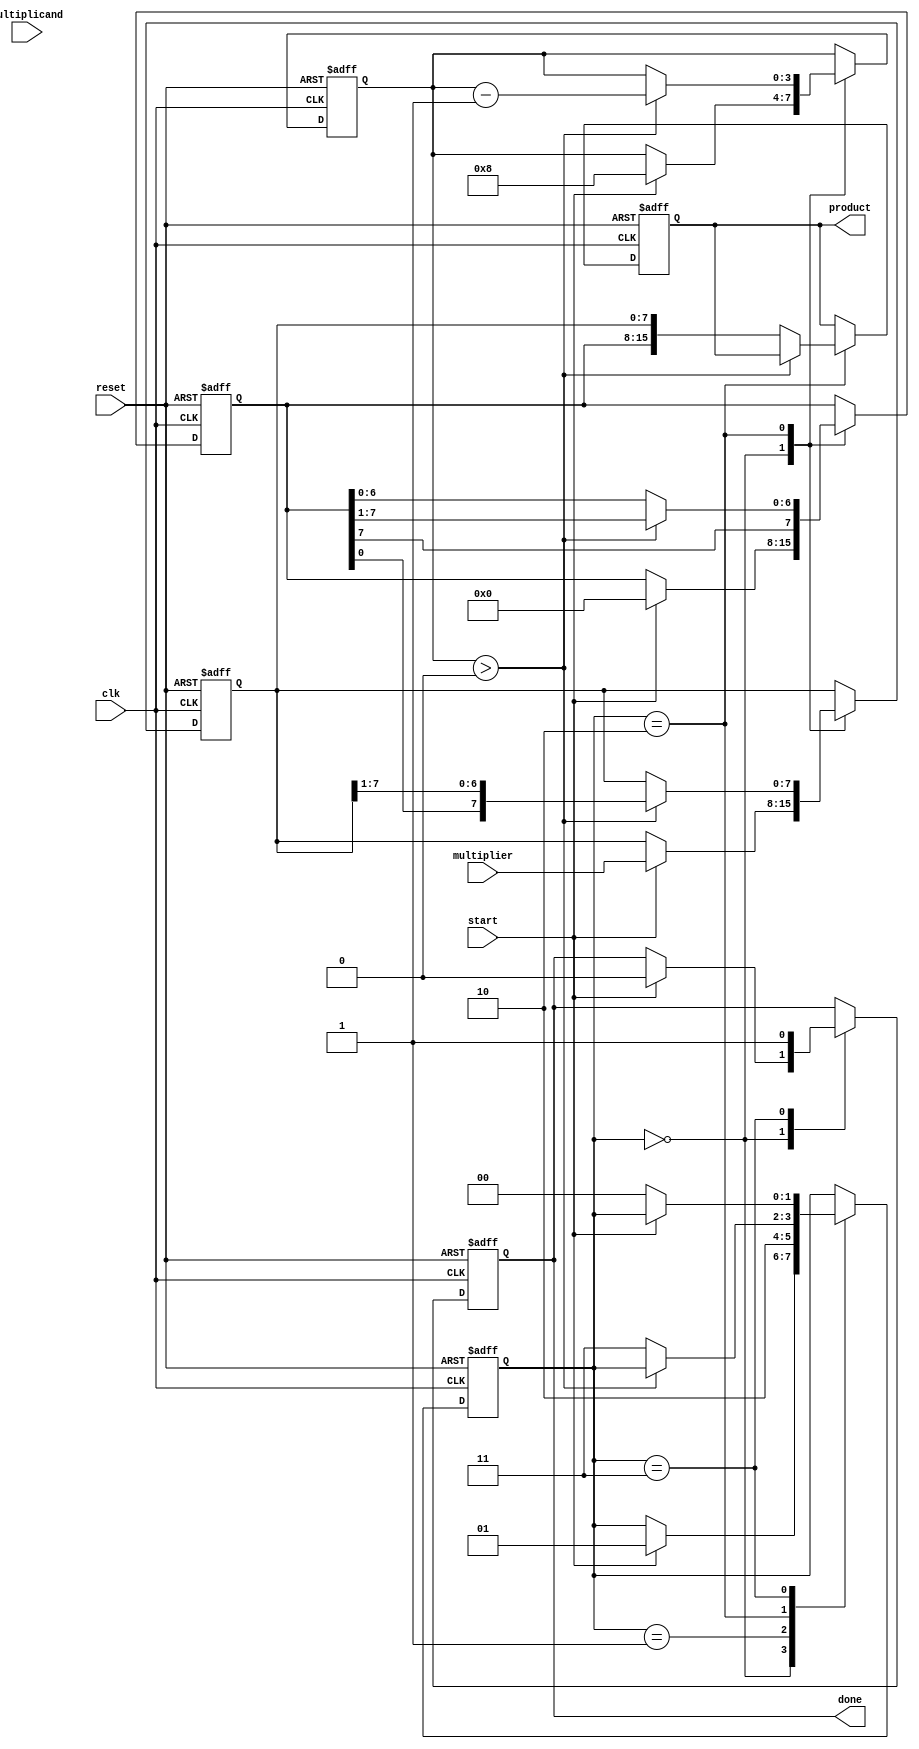
module booth_multiplier #(
    parameter N = 8 // Number of bits for multiplicand and multiplier
)(
    input wire [N-1:0] multiplicand,
    input wire [N-1:0] multiplier,
    input wire start,
    input wire clk,
    input wire reset,
    output reg [2*N-1:0] product,
    output reg done
);

    reg [N-1:0] A;       // Accumulator
    reg [N-1:0] Q;       // Multiplier
    reg Q_1;             // Previous LSB of multiplier
    reg [N-1:0] M;       // Negated multiplicand
    reg [3:0] count;     // Count for iterations
    reg [1:0] state;     // FSM state

    // States for FSM
    localparam IDLE = 2'b00,
               INIT = 2'b01,
               CALCULATE = 2'b10,
               DONE = 2'b11;

    // Negate the multiplicand
    always @(*) begin
        M = ~multiplicand + 1; // Two's complement
    end

    // FSM to control the multiplication process
    always @(posedge clk or posedge reset) begin
        if (reset) begin
            A <= 0;
            Q <= 0;
            Q_1 <= 0;
            count <= 0;
            product <= 0;
            done <= 0;
            state <= IDLE;
        end else begin
            case (state)
                IDLE: begin
                    if (start) begin
                        A <= 0;
                        Q <= multiplier;
                        Q_1 <= 0;
                        count <= N; // Set count to number of bits
                        state <= INIT;
                        done <= 0;
                    end
                end

                INIT: begin
                    // Initialization is complete, move to calculation
                    state <= CALCULATE;
                end

                CALCULATE: begin
                    if (count > 0) begin
                        // Check the last bit of Q and Q-1
                        case ({Q[0], Q_1})
                            2'b01: A <= A + multiplicand; // Add M to A
                            2'b10: A <= A - multiplicand; // Subtract M from A
                            2'b00: A <= A;                // Do nothing
                            2'b11: A <= A;                // Do nothing
                        endcase

                        // Arithmetic right shift
                        {A, Q} <= {A[N-1], A, Q} >> 1; // Shift with sign extension
                        Q_1 <= Q[0]; // Update Q-1
                        count <= count - 1; // Decrement count
                    end else begin
                        // All bits processed, move to done state
                        product <= {A, Q}; // Combine A and Q for final product
                        state <= DONE;
                    end
                end

                DONE: begin
                    done <= 1; // Indicate multiplication is done
                    if (!start) begin
                        state <= IDLE; // Return to IDLE state on next start signal
                    end
                end

                default: state <= IDLE; // Safety default
            endcase
        end
    end
endmodule